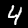
Label: 4